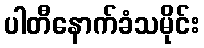
ပါတီနောက်ခံသမိုင်း